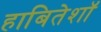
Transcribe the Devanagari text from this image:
हाबितेशॉ